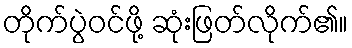
တိုက်ပွဲဝင်ဖို့ ဆုံးဖြတ်လိုက်၏။